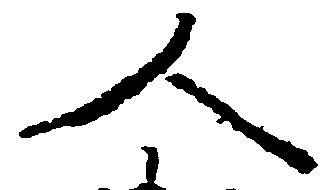
人